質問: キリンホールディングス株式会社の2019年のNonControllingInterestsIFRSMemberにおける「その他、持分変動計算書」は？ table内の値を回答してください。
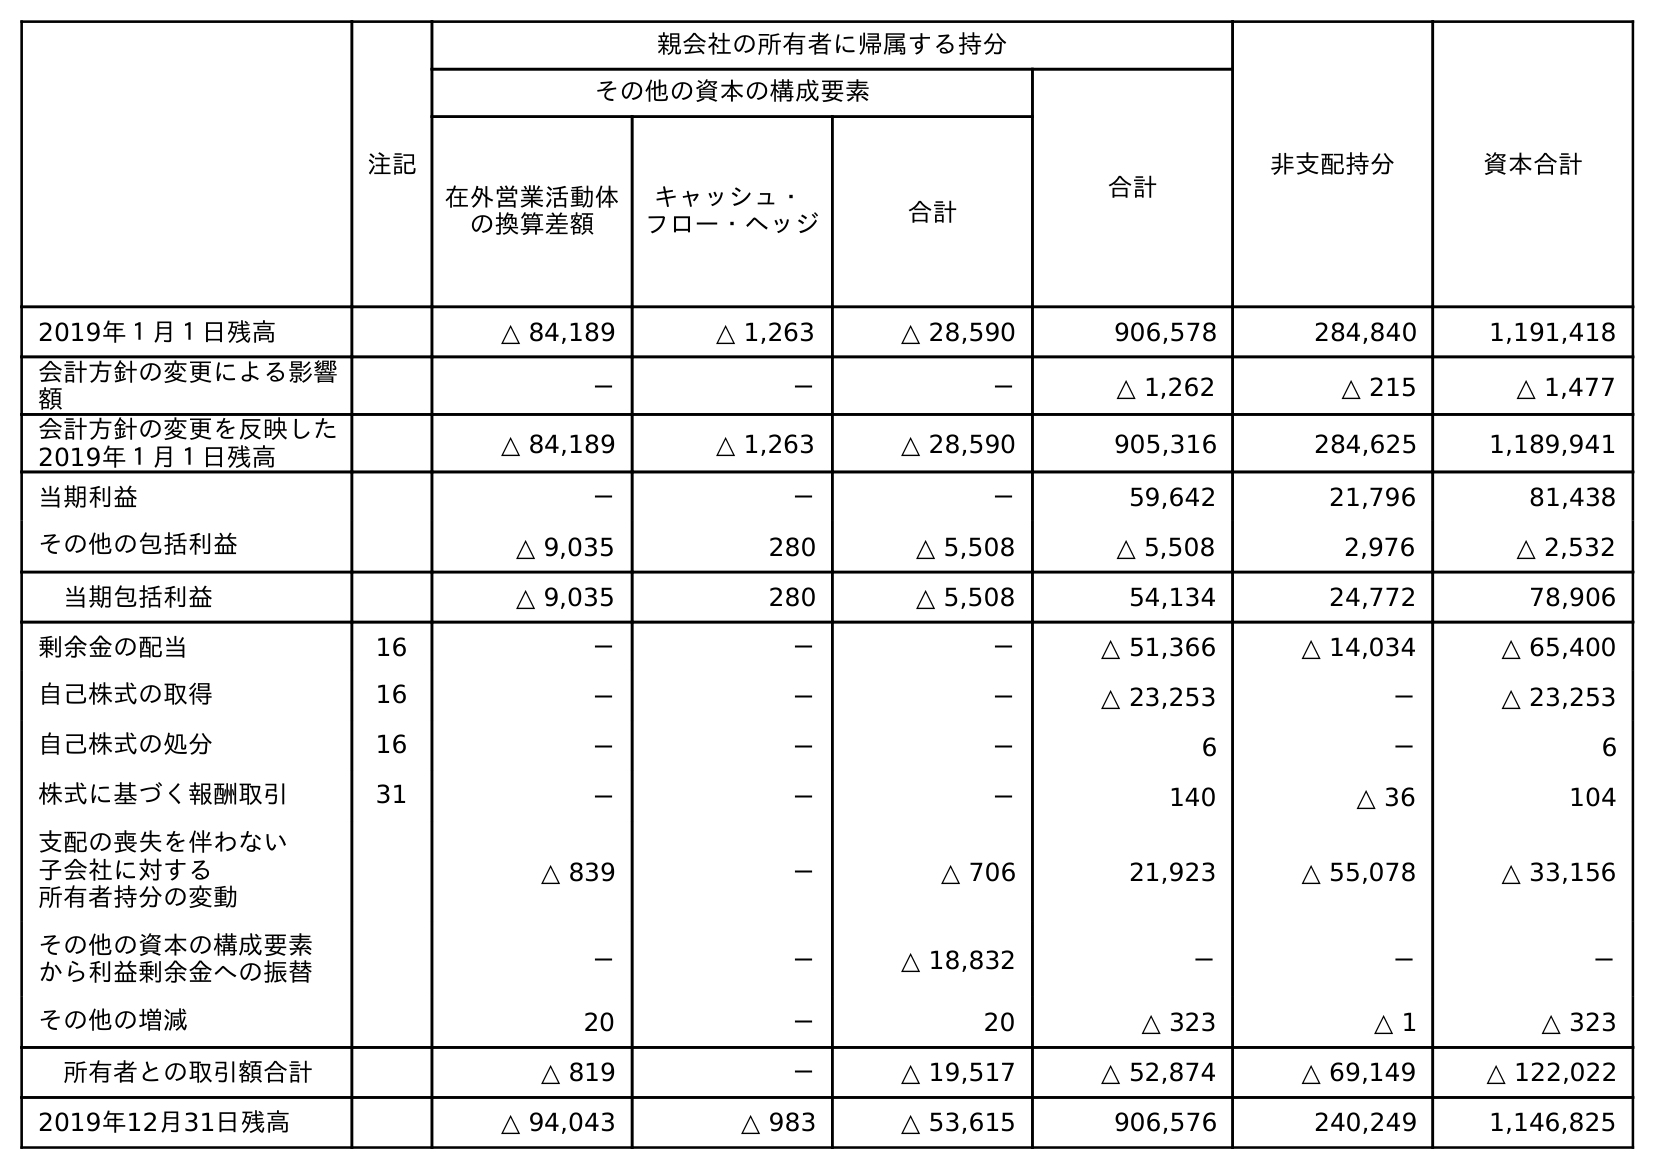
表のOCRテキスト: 注記 親会社の所有者に帰属する持分 非支配持分 資本合計 その他の資本の構成要素 合計 在外営業活動体 の換算差額 キャッシュ・ フロー・ヘッジ 合計 2019年１月１日残高 △ 84,189 △ 1,263 △ 28,590 906,578 284,840 1,191,418 会計方針の変更による影響 額 － － － △ 1,262 △ 215 △ 1,477 会計方針の変更を反映した 2019年１月１日残高 △ 84,189 △ 1,263 △ 28,590 905,316 284,625 1,189,941 当期利益 － － － 59,642 21,796 81,438 その他の包括利益 △ 9,035 280 △ 5,508 △ 5,508 2,976 △ 2,532 当期包括利益 △ 9,035 280 △ 5,508 54,134 24,772 78,906 剰余金の配当 16 － － － △ 51,366 △ 14,034 △ 65,400 自己株式の取得 16 － － － △ 23,253 － △ 23,253 自己株式の処分 16 － － － 6 － 6 株式に基づく報酬取引 31 － － － 140 △ 36 104 支配の喪失を伴わない 子会社に対する 所有者持分の変動 △ 839 － △ 706 21,923 △ 55,078 △ 33,156 その他の資本の構成要素 から利益剰余金への振替 － － △ 18,832 － － － その他の増減 20 － 20 △ 323 △ 1 △ 323 所有者との取引額合計 △ 819 － △ 19,517 △ 52,874 △ 69,149 △ 122,022 2019年12月31日残高 △ 94,043 △ 983 △ 53,615 906,576 240,249 1,146,825
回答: △1